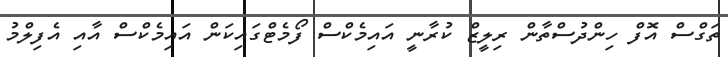
ތަގްސް އޮފް ހިންދުސްތާން ރިލީޒް ކުރާނީ އައިމެކްސް ފޯމެޓްގައިކަން އައިމެކްސް އާއި އެފިލްމު